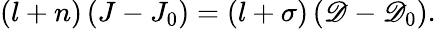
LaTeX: \left(l+n\right)\left(J-J_{0}\right)=\left(l+\sigma\right)\left(\mathscr{D}-\mathscr{D}_{0}\right).